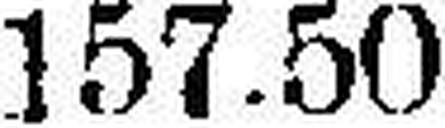
157.50